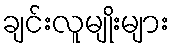
ချင်းလူမျိုးများ